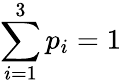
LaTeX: \sum_{i=1}^{3}p_{i}=1